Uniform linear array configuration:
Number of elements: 24
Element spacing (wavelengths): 0.75
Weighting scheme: blackman
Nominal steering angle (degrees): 30
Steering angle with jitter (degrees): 28.582
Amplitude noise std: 0.05
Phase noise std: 0.05

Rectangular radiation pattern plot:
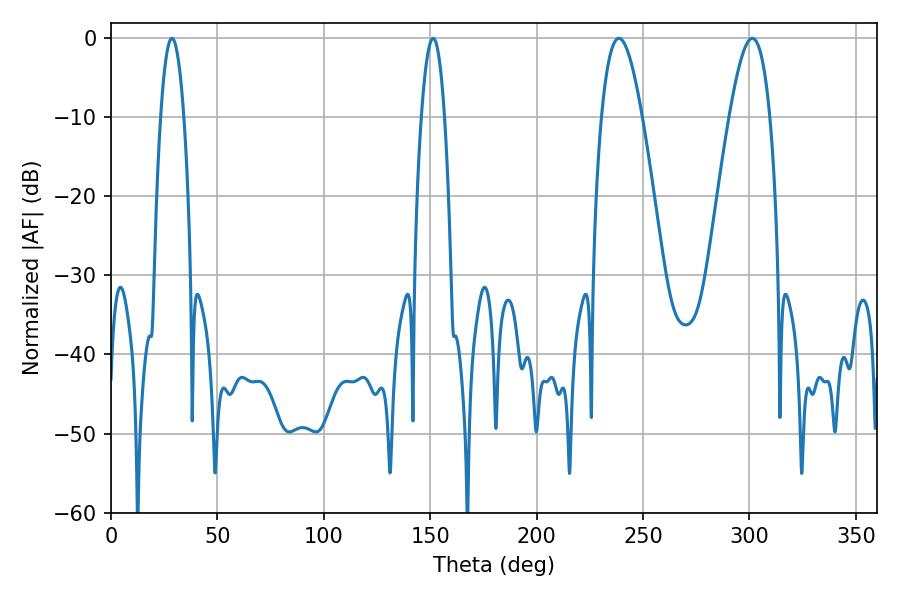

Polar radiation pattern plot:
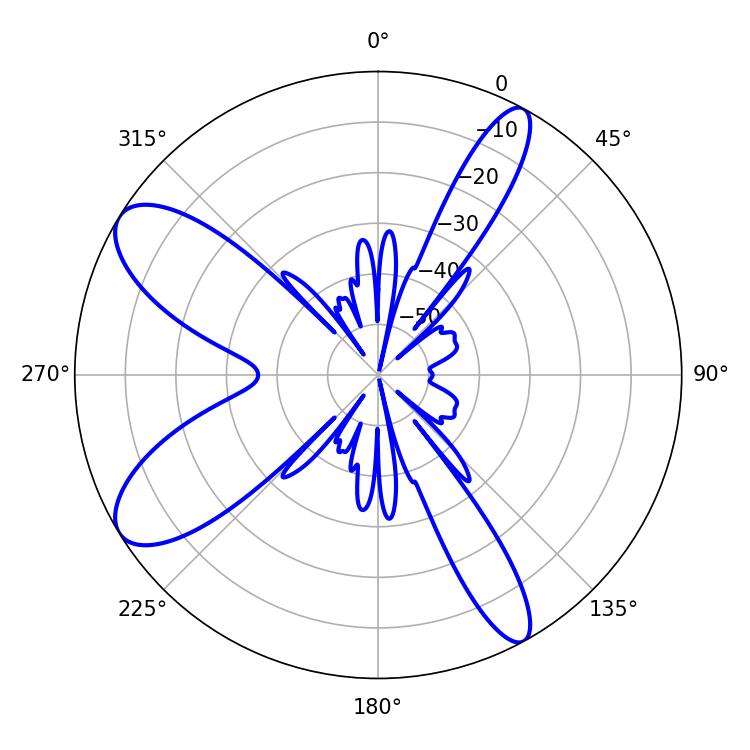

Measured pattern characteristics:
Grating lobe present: TRUE
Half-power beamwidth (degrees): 10.44
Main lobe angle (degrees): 238.68